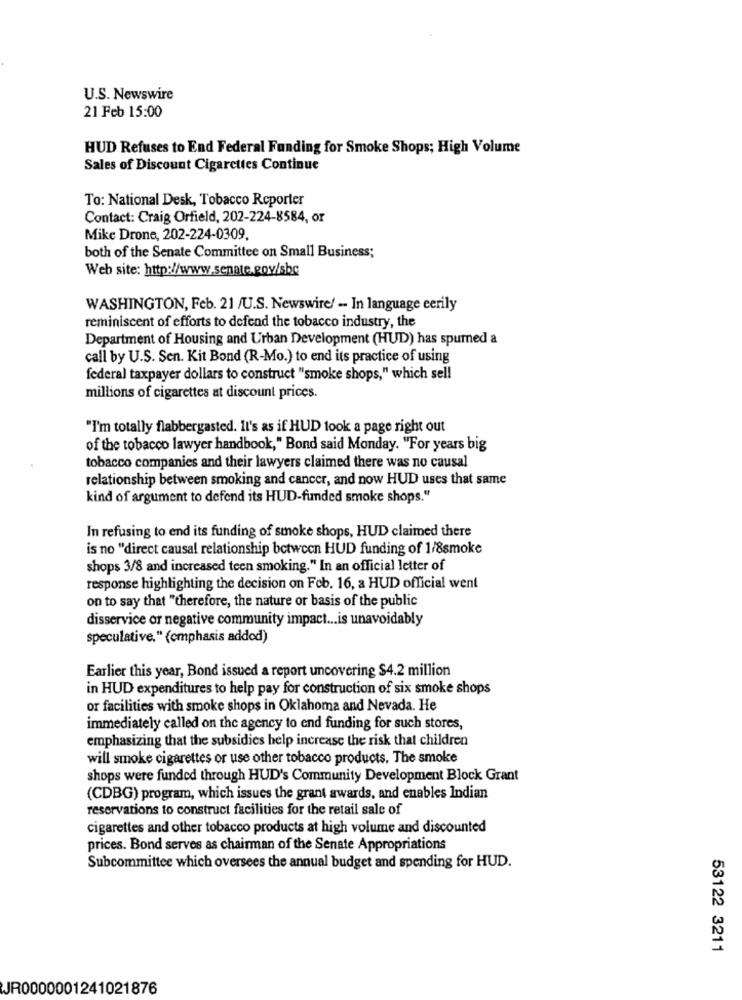
U.S. Newswire
21 Feb 15:00
HUD Refuses to End Federal Funding for Smoke Shops; High Volume
Sales of Discount Cigarettes Continue
To: National Desk, Tobacco Reporter
Contact: Craig Orfield, 202-224-8584, or
Mike Drone, 202-224-0309,
both of the Senate Committee on Small Business;
Web site: http://www.senate.gov/sbc
WASHINGTON, Feb. 21 /U.S. Newswire/ - In language eerily
reminiscent of efforts to defend the tobacco industry, the
Department of Housing and Urban Development (HUD) has spurned a
call by U.S. Sen. Kit Bond (R-Mo.) to end its practice of using
federal taxpayer dollars to construct "smoke shops," which sell
millions of cigarettes at discount prices.
"I'm totally flabbergasted. Il's as if HUD took a page right out
of the tobacco lawyer handbook," Bond said Monday. "For years big
tobacco companies and their lawyers claimed there was no causal
relationship between smoking and cancer, and now HUD uses that same
kind of argument to defend its HUD-funded smoke shops."
In refusing to end its funding of smoke shops, HUD claimed there
is no "direct causal relationship between HUD funding of 1/8smoke
shops 3/8 and increased teen smoking." In an official letter of
response highlighting the decision on Feb. 16, a HUD official went
on to say that "therefore, the nature or basis of the public
disservice or negative community impact ... is unavoidably
speculative." (emphasis addod)
Earlier this year, Bond issued a report uncovering $4.2 million
in HUD expenditures to help pay for construction of six smoke shops
or facilities with smoke shops in Oklahoma and Nevada. He
immediately called on the agency to end funding for such stores,
emphasizing that the subsidies help increase the risk that children
will smoke cigarettes or use other tobacco products. The smoke
shops were funded through HUD's Community Development Block Grant
(CDBG) program, which issues the grant awards, and enables Indian
reservations to construct facilities for the retail sale of
cigarettes and other tobacco products at high volume and discounted
prices. Bond serves as chairman of the Senate Appropriations
Subcommittee which oversees the annual budget and spending for HUD.
53122 3211
JR0000001241021876